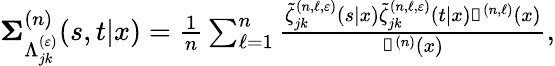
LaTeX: \begin{array}{r}{\mathbb{\Sigma}_{\Lambda_{jk}^{(\varepsilon)}}^{(n)}(s,t|x)=\frac{1}{n}\sum_{\ell=1}^{n}\frac{\tilde{\zeta}_{jk}^{(n,\ell,\varepsilon)}(s|x)\tilde{\zeta}_{jk}^{(n,\ell,\varepsilon)}(t|x)\mathbb{g}^{(n,\ell)}(x)}{\mathbb{g}^{(n)}(x)},}\end{array}